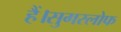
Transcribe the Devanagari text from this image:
हैं।सुगरलोफ